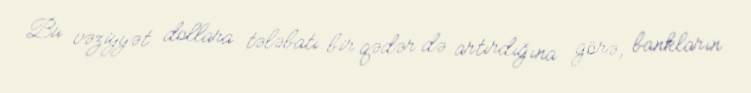
Bu vəziyyət dollara tələbatı bir qədər də artırdığına görə, bankların